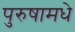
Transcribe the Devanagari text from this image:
पुरुषामधे